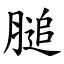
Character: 膇